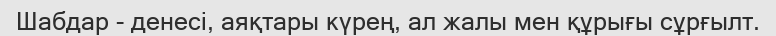
Шабдар - денесі, аяқтары күрең, ал жалы мен құрығы сұрғылт.